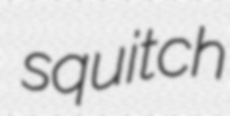
squitch